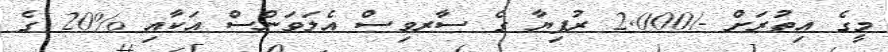
މީގެ އިތުރަށް -/2